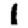
Digit: 1